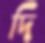
দি